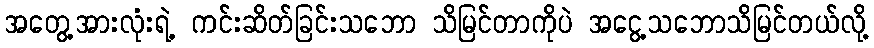
အတွေ့အားလုံးရဲ့ ကင်းဆိတ်ခြင်းသဘော သိမြင်တာကိုပဲ အငွေ့သဘောသိမြင်တယ်လို့